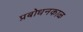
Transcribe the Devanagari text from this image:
प्रबोधनकाळ